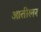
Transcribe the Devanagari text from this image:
आतीलर